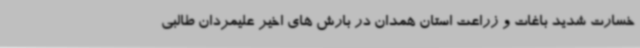
خسارت شدید باغات و زراعت استان همدان در بارش های اخیر علیمردان طالبی